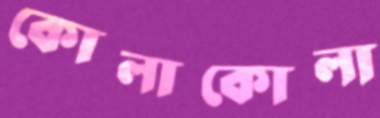
কোলাকোলা